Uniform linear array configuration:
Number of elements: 12
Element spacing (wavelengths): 0.25
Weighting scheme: binomial
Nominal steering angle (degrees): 0
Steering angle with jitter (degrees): -0.6353
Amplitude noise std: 0.05
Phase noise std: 0.05

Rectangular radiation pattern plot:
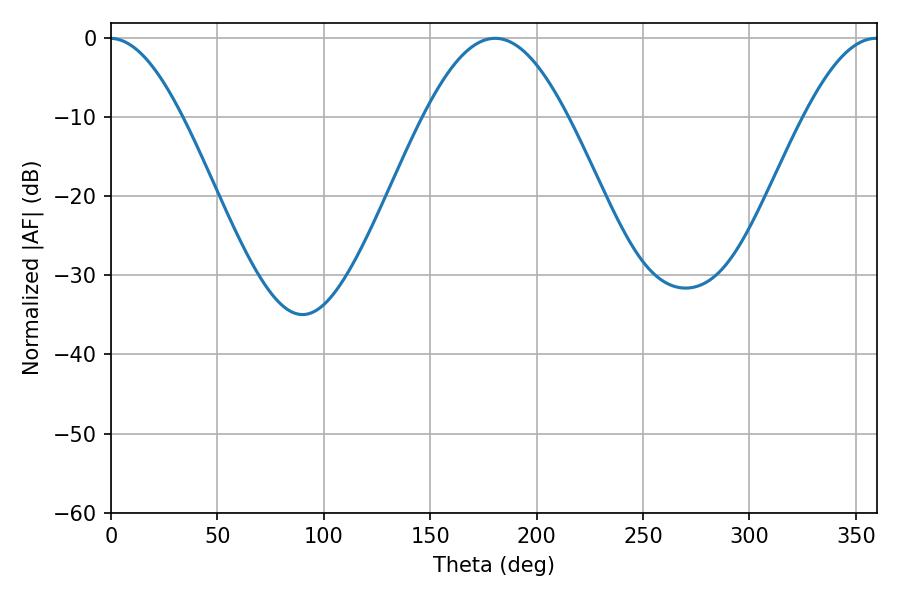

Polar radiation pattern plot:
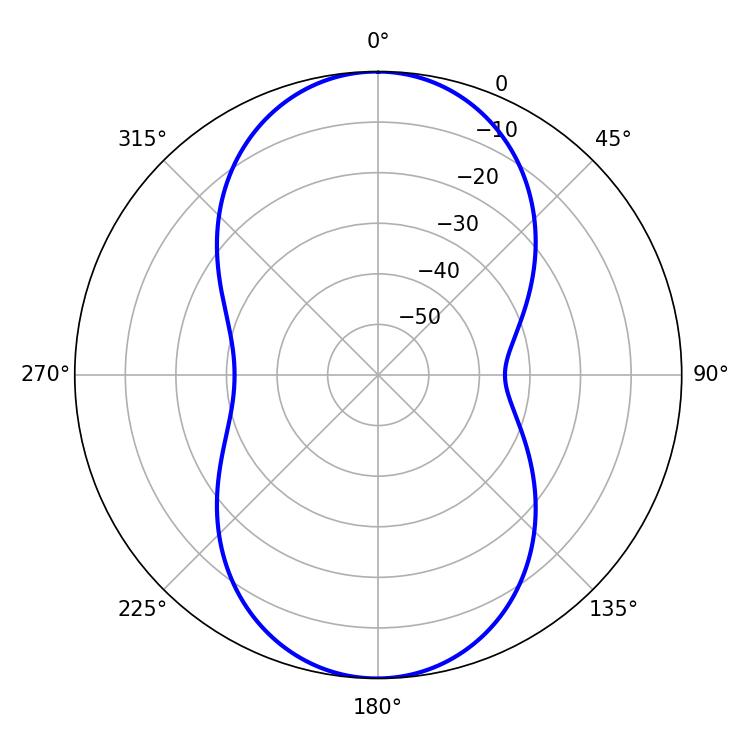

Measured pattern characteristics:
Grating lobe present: FALSE
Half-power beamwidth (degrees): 36.54
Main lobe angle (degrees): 180.54